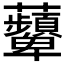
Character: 𧅵